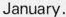
January.